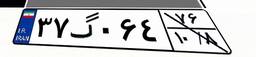
۳۷گ۰۶۴۷۶